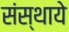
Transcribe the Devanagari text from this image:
संस्थाये